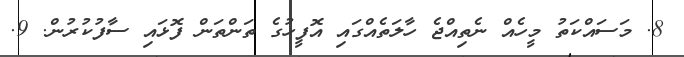
8. މަސައްކަތު މީހެއް ނެތިއްޖެ ހާލަތެއްގައި އޮފީހުގެ ތަންތަން ފޮޅައި ސާފުކުރުން. 9.